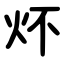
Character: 炋